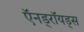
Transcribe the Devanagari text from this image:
ऍनड्रॉयड्स